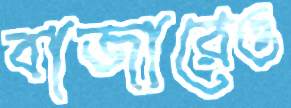
বাজারেও